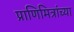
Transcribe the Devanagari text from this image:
प्राणिमित्रांच्या